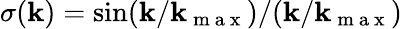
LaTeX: \sigma(\mathbf{k})=\sin(\mathbf{k}/\mathbf{k}_{\mathrm{{~m~a~x~}}})/(\mathbf{k}/\mathbf{k}_{\mathrm{{~m~a~x~}}})